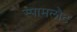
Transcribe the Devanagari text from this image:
स्पामलौट